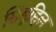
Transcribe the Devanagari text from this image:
सिंड्रहिल